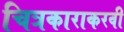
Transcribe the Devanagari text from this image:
चित्रकाराकरवी